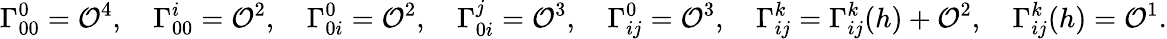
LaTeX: \Gamma_{00}^{0}=\mathcal{O}^{4},\quad\Gamma_{00}^{i}=\mathcal{O}^{2},\quad\Gamma_{0i}^{0}=\mathcal{O}^{2},\quad\Gamma_{0i}^{j}=\mathcal{O}^{3},\quad\Gamma_{ij}^{0}=\mathcal{O}^{3},\quad\Gamma_{ij}^{k}=\Gamma_{ij}^{k}(h)+\mathcal{O}^{2},\quad\Gamma_{ij}^{k}(h)=\mathcal{O}^{1}.